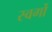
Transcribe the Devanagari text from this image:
स्वर्गो